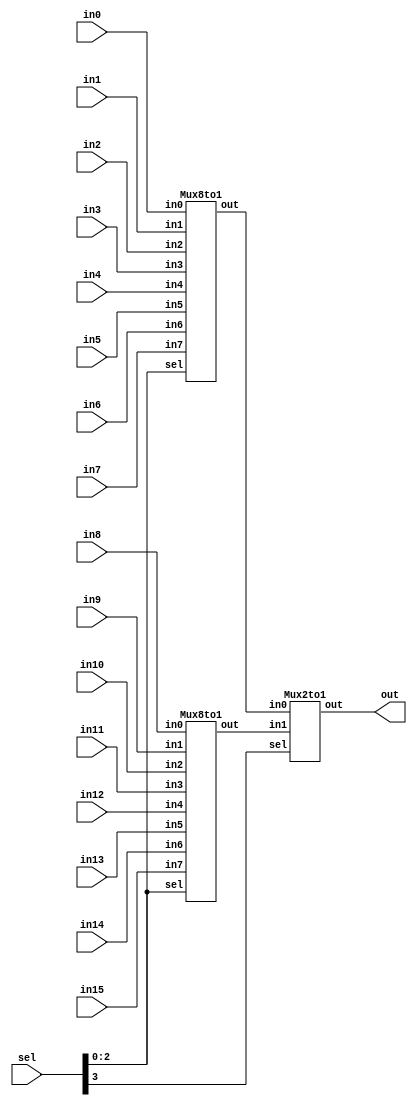
module Mux16to1(in0, in1, in2, in3, in4, in5, in6, in7,
                in8, in9, in10, in11, in12, in13, in14, in15,
                sel, out);

    input [15:0] in0, in1, in2, in3, in4, in5, in6, in7,
                 in8, in9, in10, in11, in12, in13, in14, in15;
    input [3:0] sel;
    output [15:0] out;

    wire [15:0] low_out, high_out;

    Mux8to1 low(.in0(in0), .in1(in1), .in2(in2), .in3(in3), 
    .in4(in4), .in5(in5), .in6(in6), .in7(in7), .sel(sel[2:0]), .out(low_out));
    Mux8to1 high(.in0(in8), .in1(in9), .in2(in10), .in3(in11), 
    .in4(in12), .in5(in13), .in6(in14), .in7(in15), .sel(sel[2:0]), .out(high_out));
    Mux2to1 top(.in0(low_out), .in1(high_out), .sel(sel[3]), .out(out));

endmodule

module Mux8to1(in0, in1, in2, in3, in4, in5, in6, in7,
               sel, out);

    parameter bit = 16;

    input [bit-1:0] in0, in1, in2, in3, in4, in5, in6, in7;
    input [2:0] sel;
    output [bit-1:0] out;

    wire [bit-1:0] low_out, high_out;

    Mux4to1 #(bit) low(.in0(in0), .in1(in1), .in2(in2), .in3(in3), .sel(sel[1:0]), .out(low_out));
    Mux4to1 #(bit) high(.in0(in4), .in1(in5), .in2(in6), .in3(in7), .sel(sel[1:0]), .out(high_out));
    Mux2to1 #(bit) top(.in0(low_out), .in1(high_out), .sel(sel[2]), .out(out));

endmodule

module Mux4to1(in0, in1, in2, in3, sel, out);

    parameter bit = 16;

    input [bit-1:0] in0, in1, in2, in3;
    input [1:0] sel;
    output [bit-1:0] out;

    wire [bit-1:0] low_out, high_out;

    Mux2to1 #(bit) low(.in0(in0), .in1(in1), .sel(sel[0]), .out(low_out));
    Mux2to1 #(bit) high(.in0(in2), .in1(in3), .sel(sel[0]), .out(high_out));
    Mux2to1 #(bit) top(.in0(low_out), .in1(high_out), .sel(sel[1]), .out(out));

endmodule

module Mux2to1(in0, in1, sel, out);

    parameter bit = 16;

    input [bit-1:0] in0;
    input [bit-1:0] in1;
    input sel;
    output [bit-1:0] out;

    assign out = sel ? in1 : in0;

endmodule